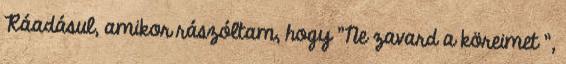
Ráadásul, amikor rászóltam, hogy "Ne zavard a köreimet ",